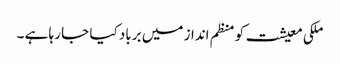
ملکی معیشت کو منظم انداز میں برباد کیا جا رہا ہے ۔